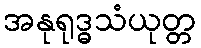
အနုရုဒ္ဓသံယုတ္တ